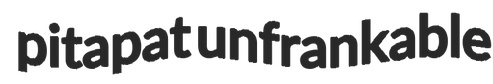
pitapat unfrankable